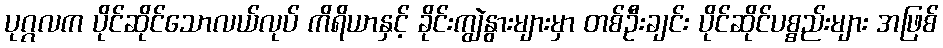
ပုဂ္ဂလက ပိုင်ဆိုင်သောလယ်လုပ် ကိရိယာနှင့် ခိုင်းကျွဲနွားများမှာ တစ်ဦးချင်း ပိုင်ဆိုင်ပစ္စည်းများ အဖြစ်